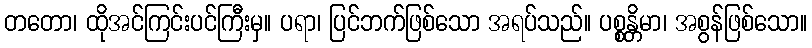
တတော၊ ထိုအင်ကြင်းပင်ကြီးမှ။ ပရာ၊ ပြင်ဘက်ဖြစ်သော အရပ်သည်။ ပစ္စန္တိမာ၊ အစွန်ဖြစ်သော။